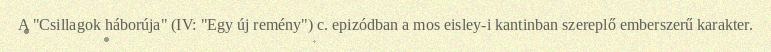
A "Csillagok háborúja" (IV: "Egy új remény") c. epizódban a mos eisley-i kantinban szereplő emberszerű karakter.